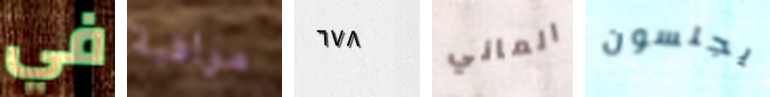
في مراقبة ٦٧٨ الماني يجلسون